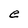
Character: e